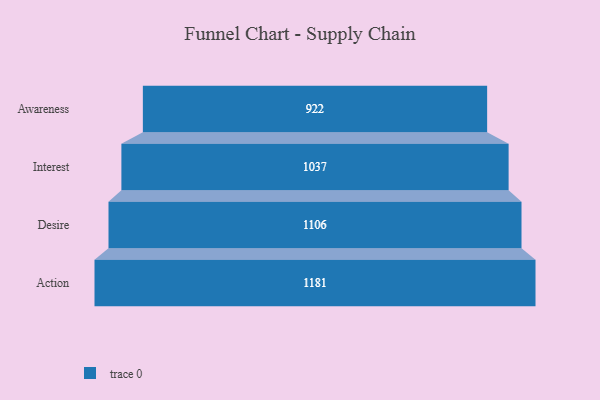
{"axis": {"x": "Stage", "y": "Value"}, "legend": [""], "data": [{"x": "Awareness", "y": 922.0, "type": ""}, {"x": "Interest", "y": 1037.0, "type": ""}, {"x": "Desire", "y": 1106.0, "type": ""}, {"x": "Action", "y": 1181.0, "type": ""}]}